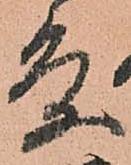
条